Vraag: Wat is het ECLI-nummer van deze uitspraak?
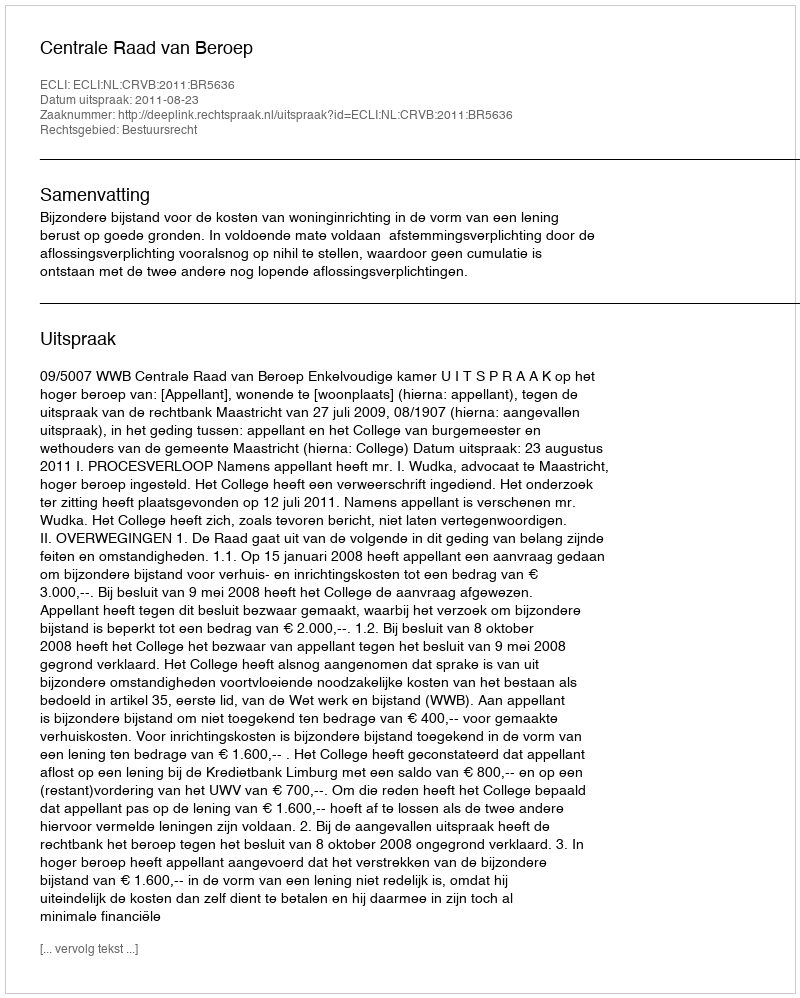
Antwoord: ECLI:NL:CRVB:2011:BR5636